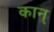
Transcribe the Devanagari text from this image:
कान्‌